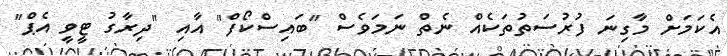
އެކަމަށް މާގިނަ ފުރުސަތުތަކެއް ނެތް ނަމަވެސް "ބައިސްކޯފް" އާއި "ދިރާގު ޓީވީ އެޕް"